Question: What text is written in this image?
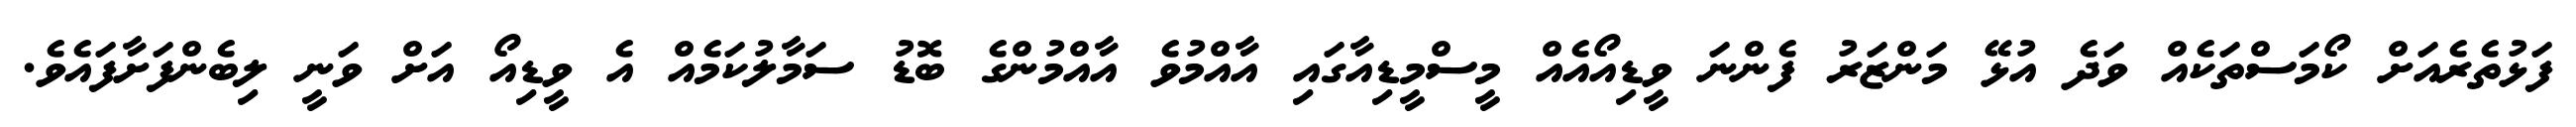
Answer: ފަޅުތެރެއަށް ކޯމަސްތަކެއް ވަދެ އުޅޭ މަންޒަރު ފެންނަ ވީޑިއޯއެއް މީސްމީޑިއާގައި އާއްމުވެ އާއްމުންގެ ބޮޑު ސަމާލުކަމެއް އެ ވީޑިއޯ އަށް ވަނީ ލިބެންފަށާފައެވެ.